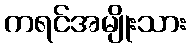
ကရင်အမျိုးသား